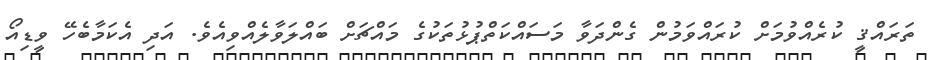
ތަރައްޤީ ކުރެއްވުމަށް ކުރައްވަމުން ގެންދަވާ މަސައްކަތްޕުޅުތަކުގެ މައްޗަށް ބައްލަވާލެއްވިއެވެ. އަދި އެކަމާބެހޭ ވީޑިއޯ